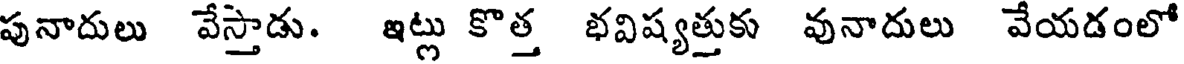
పునాదులు వేస్తాడు. ఇట్లు కొత్త భవిష్యత్తుకు వునాదులు వేయడంలో